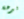
لبرهة